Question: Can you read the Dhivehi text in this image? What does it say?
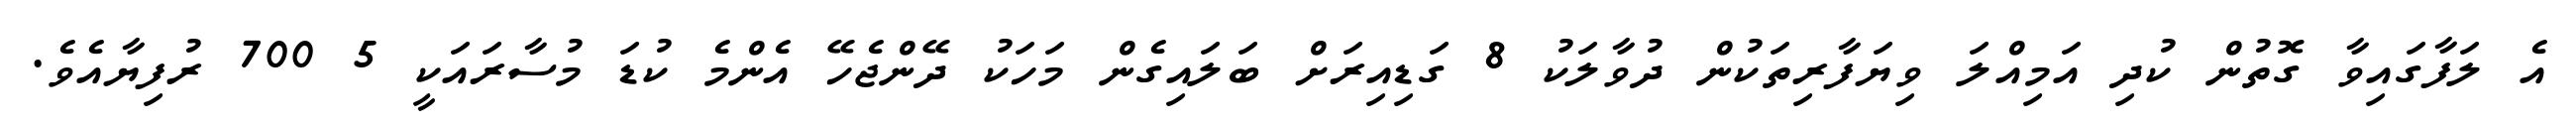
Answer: އެ ލަފާގައިވާ ގޮތުން ކުދި އަމިއްލަ ވިޔަފާރިތަކުން ދުވާލަކު 8 ގަޑިއިރަށް ބަލައިގެން މަހަކު ދޭންޖެހޭ އެންމެ ކުޑަ މުސާރައަކީ 5 700 ރުފިޔާއެވެ.